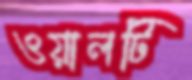
ওয়ালটি